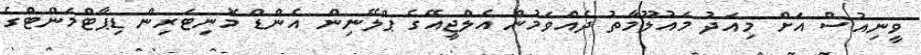
ވީނިއުސް އަށް މިއަދު މައުލޫމާތު ދެއްވަމުން އެލްޖީއޭގެ ޕްލޭނިން އެންޑް މޮނިޓަރިން ޑިޕާޓްމަންޓްގެ